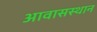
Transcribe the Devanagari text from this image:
आवासस्थान